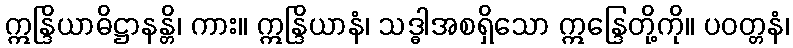
ဣန္ဒြိယာဓိဋ္ဌာနန္တိ၊ ကား။ ဣန္ဒြိယာနံ၊ သဒ္ဓါအစရှိသော ဣန္ဒြေတို့ကို။ ပဝတ္တနံ၊